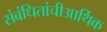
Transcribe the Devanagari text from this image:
संबंधितांचीआर्थिक